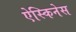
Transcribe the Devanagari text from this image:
ऐस्किनेस